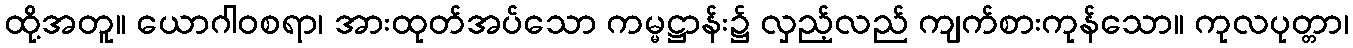
ထို့အတူ။ ယောဂါဝစရာ၊ အားထုတ်အပ်သော ကမ္မဋ္ဌာန်း၌ လှည့်လည် ကျက်စားကုန်သော။ ကုလပုတ္တာ၊